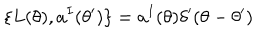
\{ L ( \theta ) , a ^ { I } ( \theta ^ { \prime } ) \} = a ^ { I } ( \theta ) \delta ^ { \prime } ( \theta - \theta ^ { \prime } )